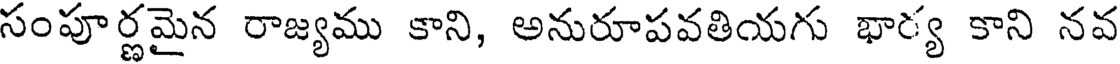
సంపూర్ణమైన రాజ్యము కాని, అనురూపవతియగు భార్య కాని నవ